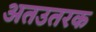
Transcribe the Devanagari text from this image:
अतउतरक